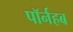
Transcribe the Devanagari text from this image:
पॉर्नहब